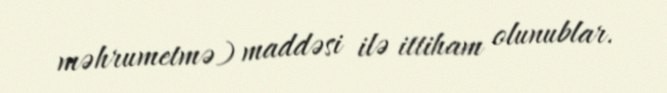
məhrumetmə) maddəsi ilə ittiham olunublar.